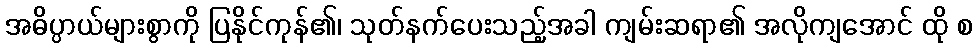
အဓိပ္ပာယ်များစွာကို ပြနိုင်ကုန်၏၊ သုတ်နက်ပေးသည့်အခါ ကျမ်းဆရာ၏ အလိုကျအောင် ထို စ